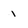
Character: 1